65_HS1-834228961_62-HQ-83894_Section_5
Agency: FBI
Page 196
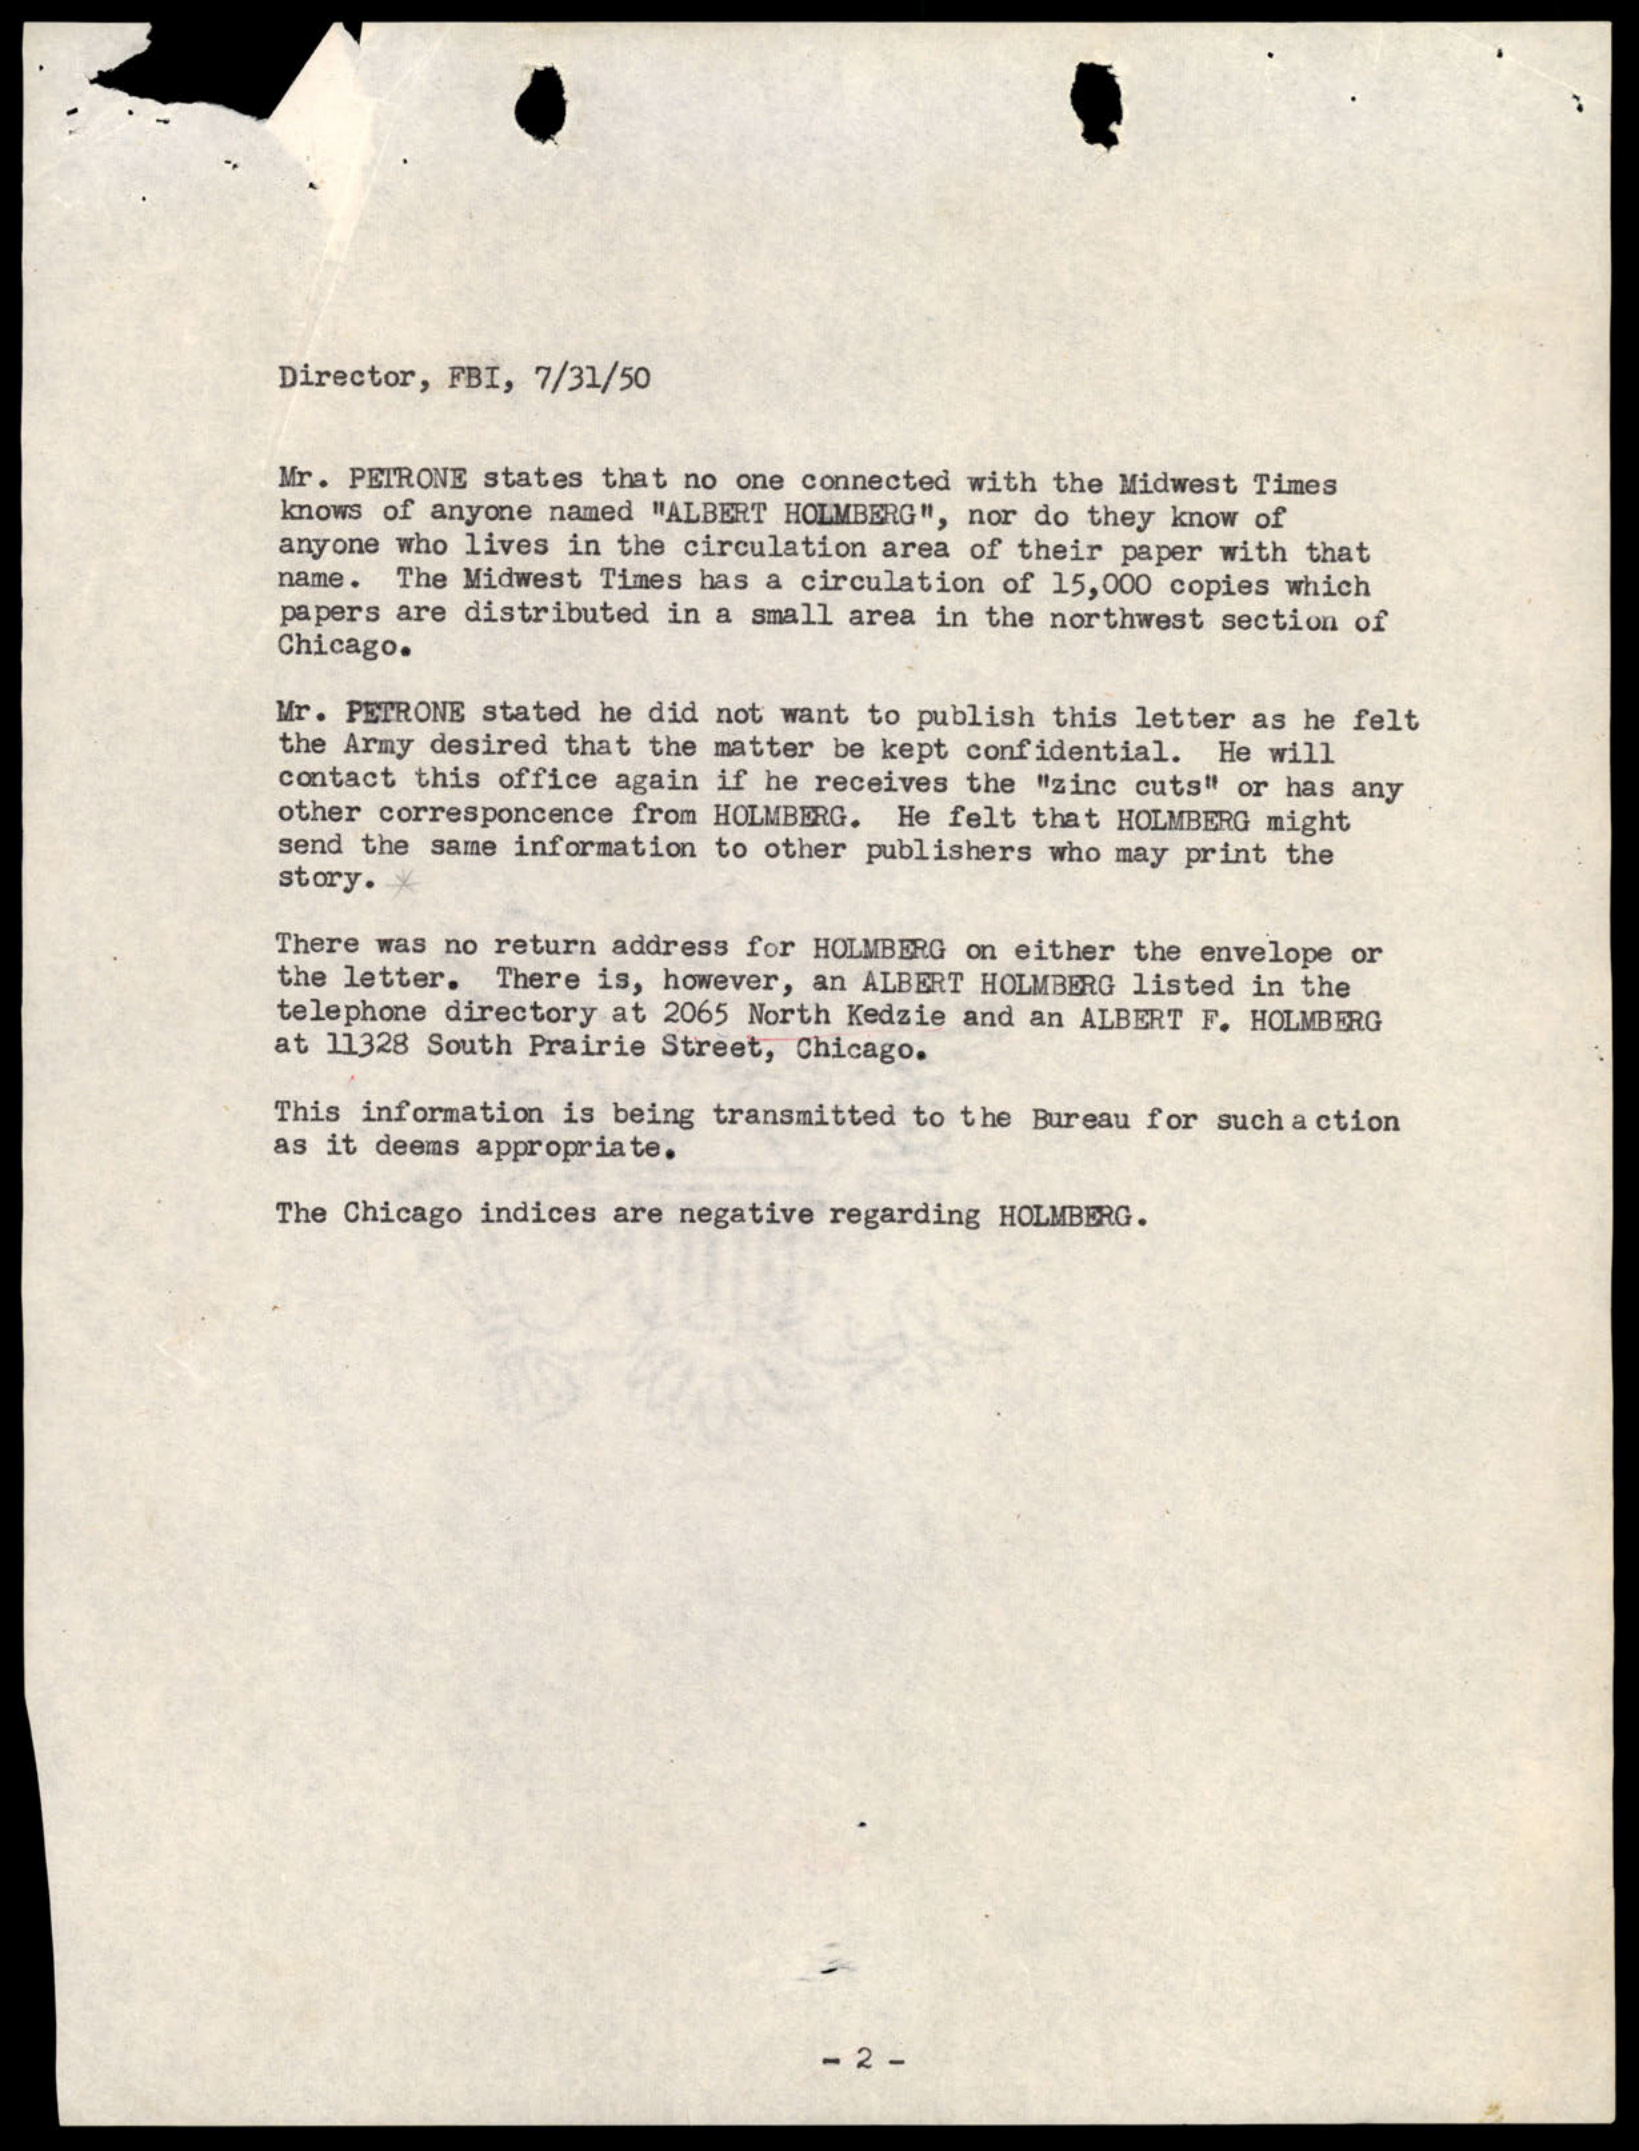